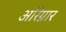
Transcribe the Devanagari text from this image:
अरिग्नार